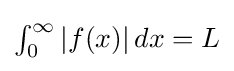
\textstyle \int _{0}^{\infty }\left|f(x)\right|dx=L